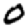
Digit: 0